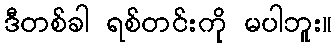
ဒီတစ်ခါ ရစ်တင်းကို မပါဘူး။